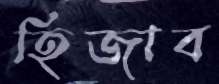
হিজাব